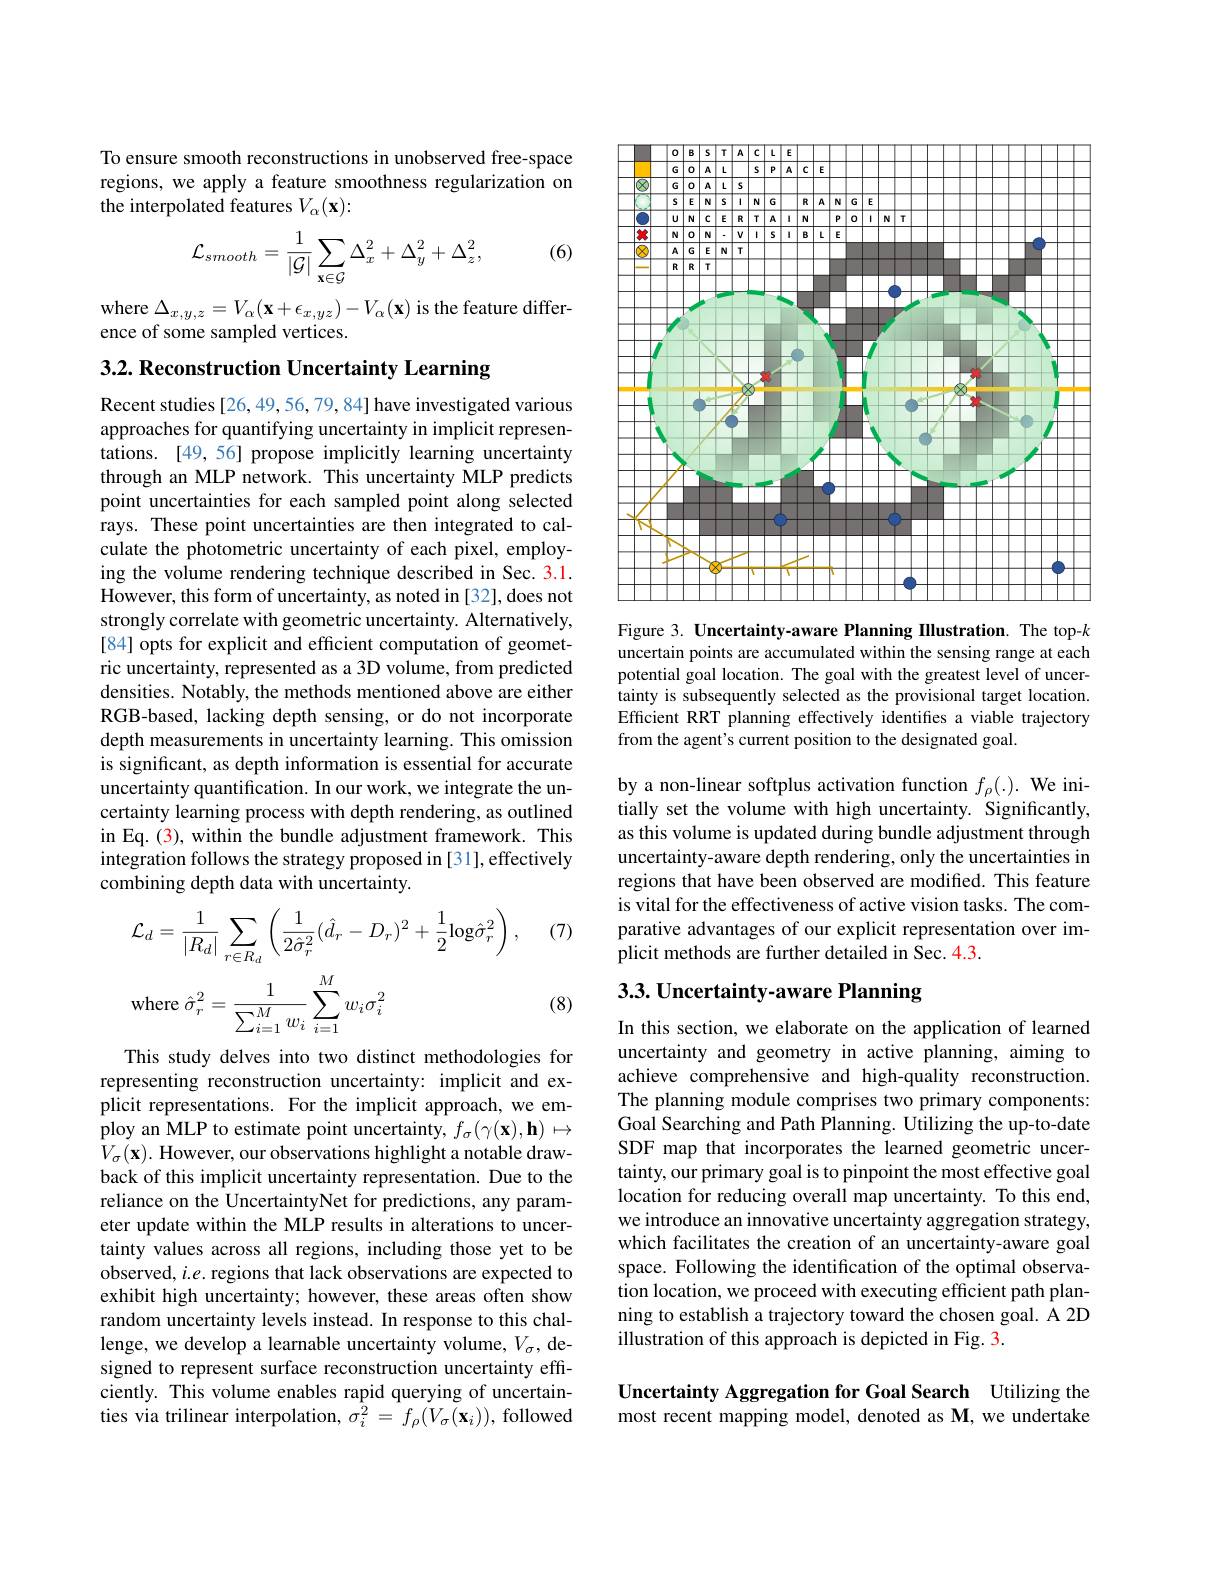
To ensure smooth reconstructions in unobserved free-space regions, we apply a feature smoothness regularization on the interpolated features $V_\alpha(\mathbf{x}):$

(6)
$$\mathcal{L}_{smooth}=\frac{1}{|\mathcal{G}|}\sum_{\mathbf{x}\in\mathcal{G}}\Delta_{x}^{2}+\Delta_{y}^{2}+\Delta_{z}^{2},$$
$\operatorname { \mathrm{where~}} _{c}\Delta _{x, y, z}= V_{\alpha }( \mathbf{x} + \epsilon _{x, yz}) - V_{\alpha }( \mathbf{x} ) \operatorname { \mathrm{is~the~feature~differ- }}$
ence of some sampled vertices.

3.2. Reconstruction Uncertainty Learning

Recent studies [26,49,56,79,84] have investigated various approaches for quantifying uncertainty in implicit representations. [49,56] propose implicitly learning uncertainty through an MLP network. This uncertainty MLP predicts point uncertainties for each sampled point along selected rays. These point uncertainties are then integrated to calculate the photometric uncertainty of each pixel, employing the volume rendering technique described in Sec. 3.1. However, this form of uncertainty, as noted in [32], does not strongly correlate with geometric uncertainty. Alternatively, [84] opts for explicit and efficient computation of geometric uncertainty, represented as a 3D volume, from predicted densities. Notably, the methods mentioned above are either RGB-based, lacking depth sensing, or do not incorporate depth measurements in uncertainty learning. This omission is significant, as depth information is essential for accurate uncertainty quantification. In our work, we integrate the uncertainty learning process with depth rendering, as outlined in Eq. (3), within the bundle adjustment framework. This integration follows the strategy proposed in [31], effectively combining depth data with uncertainty.

(7)
$$\begin{aligned}&\mathcal{L}_{d}=\frac{1}{|R_{d}|}\sum_{r\in R_{d}}\left(\frac{1}{2\hat{\sigma}_{r}^{2}}(\hat{d}_{r}-D_{r})^{2}+\frac{1}{2}\mathrm{log}\hat{\sigma}_{r}^{2}\right),\\&\mathrm{where}\:\hat{\sigma}_{r}^{2}=\frac{1}{\sum_{i=1}^{M}w_{i}}\sum_{i=1}^{M}w_{i}\sigma_{i}^{2}\\\end{aligned}$$
(8)

This study delves into two distinct methodologies for representing reconstruction uncertainty: implicit and explicit representations. For the implicit approach, we employ an MLP to estimate point uncertainty, $f_\sigma(\gamma(\mathbf{x}),\mathbf{h})\mapsto$ $V_{\sigma}(\mathbf{x}).$ However, our observations highlight a notable drawback of this implicit uncertainty representation. Due to the reliance on the UncertaintyNet for predictions, any parameter update within the MLP results in alterations to uncertainty values across all regions, including those yet to be observed, $i.e.$ regions that lack observations are expected to exhibit high uncertainty; however, these areas often show random uncertainty levels instead. In response to this challenge, we develop a learnable uncertainty volume, $V_\sigma$, designed to represent surface reconstruction uncertainty efficiently. This volume enables rapid querying of uncertainties via trilinear interpolation, $\sigma_i^2=f_\rho(V_\sigma(\mathbf{x}_i))$, followed

<FigureHere>

Figure 3. Uncertainty-aware Planning Illustration. The top-k uncertain points are accumulated within the sensing range at each potential goal location. The goal with the greatest level of uncertainty is subsequently selected as the provisional target location. Efficient RRT planning effectively identifies a viable trajectory from the agent's current position to the designated goal.

by a non-linear softplus activation function $f_\rho(.).$ We initially set the volume with high uncertainty. Significantly, as this volume is updated during bundle adjustment through uncertainty-aware depth rendering, only the uncertainties in regions that have been observed are modified. This feature is vital for the effectiveness of active vision tasks. The comparative advantages of our explicit representation over implicit methods are further detailed in Sec. 4.3.

# 3.3. Uncertainty-aware Planning

In this section, we elaborate on the application of learned uncertainty and geometry in active planning, aiming to achieve comprehensive and high-quality reconstruction. The planning module comprises two primary components: Goal Searching and Path Planning. Utilizing the up-to-date SDF map that incorporates the learned geometric uncertainty, our primary goal is to pinpoint the most effective goal location for reducing overall map uncertainty. To this end, we introduce an innovative uncertainty aggregation strategy, which facilitates the creation of an uncertainty-aware goal space. Following the identification of the optimal observation location, we proceed with executing efficient path planning to establish a trajectory toward the chosen goal. A 2D illustration of this approach is depicted in Fig. 3.

# Uncertainty Aggregation for Goal Search Utilizing the most recent mapping model, denoted as M, we undertake